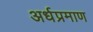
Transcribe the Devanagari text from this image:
अर्धप्रमाण